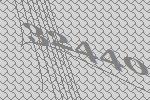
32440